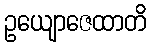
ဥယျောဇေထာတိ